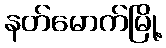
နတ်မောက်မြို့